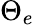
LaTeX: \Theta_{e}